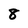
Character: 8